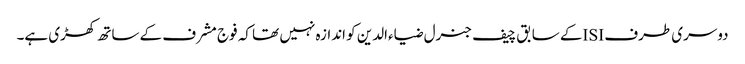
دوسری طرف ISIکے سابق چیف جنرل ضیاءالدین کو اندازہ نہیں تھا کہ فوج مشرف کے ساتھ کھڑی ہے۔